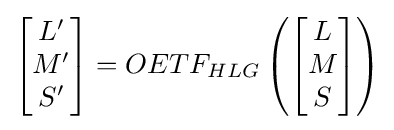
{\begin{bmatrix}L'\\M'\\S'\end{bmatrix}}=OETF_{HLG}\left({\begin{bmatrix}L\\M\\S\end{bmatrix}}\right)